Vaccination in the Punjab 1919-1929 - 1919-1929
Year: 1919
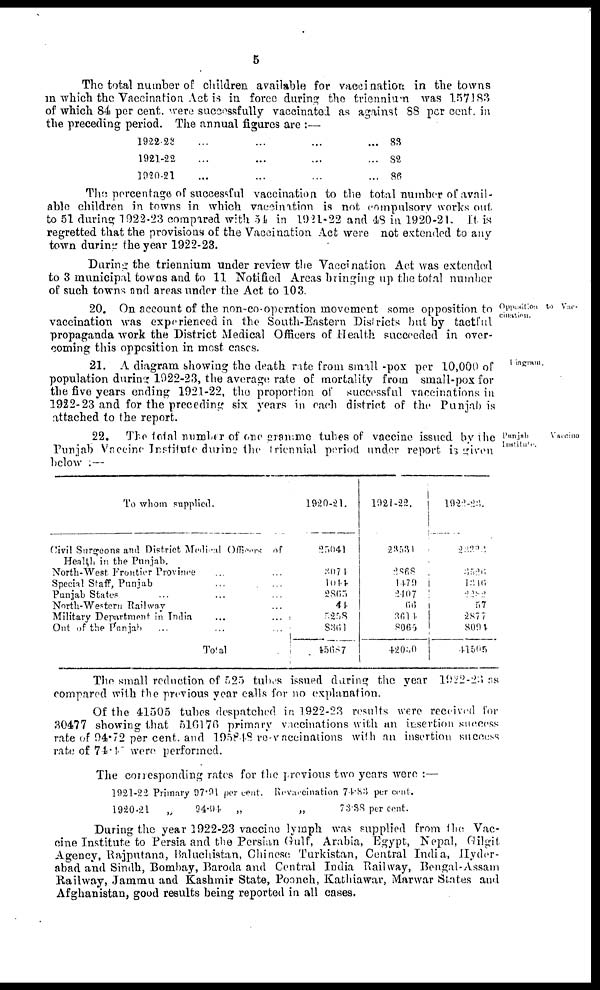
5
The total number of children available for vaccination in the towns
in which the Vaccination Act is in force during the trienniurn was 157183
of which 84 per cent. were successfully vaccinated as against 88 per cent, in
the preceding period. The annual figures are :—
1922-23 ... ... ... ...
1921-22 ... ... ... ...
1920-21 ... ... ... ...
83
82
86
The percentage of successful vaccination to the total number of avail-
able children in towns in which vaccination is not compulsory works out
to 51 during 1922-23 compared with 54 in 1921-22 and 48 in 1920-21. It is
regretted that the provisions of the Vaccination Act were not extended to any
town during the year 1922-23.
During the triennium under review the Vaccination Act was extended
to 3 municipal towns and to 11 Notified Ar as bringing up the total number
of such towns and areas under the Act to 103.
Opiiesition to Vac¬
cination.
20. On account of the non-co-operation movement some opposition to
vaccination was experienced in the South-Eastern Districts but by tactful
propaganda work the District Medical Officers of Health succeeded in over-
coming this opposition in most cases.
Diagram.
21. A diagram showing the death rate from small-pox per 10,000 of
population during 1922-23, the average rate of mortality from small-pox for
the five years ending 1921-22, the proportion of successful vaccinations in
1922-23 and for the preceding six years in each district of the Punjab is
attached to the report.
Punjab
Vaccine
Institute.
22. The total number of one gramme tubes of vaccine issued by the
Punjab Vaccine Institute during the triennial period under report is given
below :—
To whom supplied.
Civil Surgeons and District Medical Officers of
Health in the Punjab.
North-West Frontier Province ... ...
Special Staff, Punjab ... ...
Punjab States ... ... ...
North-Western Railway ...
Military Department in India
...
...
Out of the Panjab
...
...
...
Tolal
...
1920-21.
25041
3071
1044
2865
44
5258
8361
45687
1921-22.
23531
2868
1479
2407
66
3614
8065
42050
1922-23.
22323
3526
1316
2282
57
2877
8094
41505
The small reduction of 525 tubes issued during the year 1922-23 as
compared with the previous year calls for no explanation.
Of the 41505 tubes despatched in 1922-23 results were received for
30477 showing that 516176 primary vaccinations with an insertion success
rate of 94.72 per cent. and 195848 re-vaccinations with an insertion success
rate of 74.47 were performed.
The corresponding rates for the previous two years were :—
1921-22 Primary 97.91 per cent. Revaccination 74.83 per cent.
1920-21
„
94.94
„
„
73.38 per cent.
During the year 1922-23 vaccine lymph was supplied from the Vac-
cine Institute to Persia and the Persian Gulf, Arabia, Egypt, Nepal, Gilgit
Agency, Rajputana, Baluchistan, Chinese Turkistan, Central India, Hyder-
abad and Sindh, Bombay, Baroda and Central India Railway, Bengal-Assam
Railway, Jammu and Kashmir State, Poonch, Kathiawar, Marwar States and
Afghanistan, good results being reported in all cases.